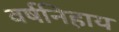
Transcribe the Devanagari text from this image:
वर्षनिहाय